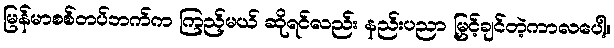
မြန်မာစစ်တပ်ဘက်က ကြည့်မယ် ဆိုရင်လည်း နည်းပညာ မြှင့်ချင်တဲ့ကာလပေါ့။